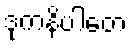
ဒုကနိပါတေ